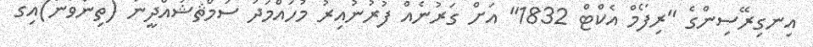
އިނގިރޭސިންގެ "ރިފޯމް އެކްޓް 1832" އަށް ގަރުނެއް ފުރުނުއިރު މުހައްމަދު ސަމްޘޝުއްދީނު (ތިންވަނަ)އިގެ